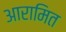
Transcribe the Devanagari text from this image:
आरामित